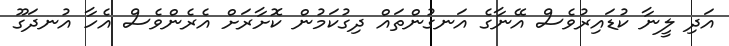
އަދި ލީނާ ކުޑައިރުވެސް އޭނާގެ އަނގުންތައް ދިގުކަމުން ކޮށާރަށް އެރެންވެސް އެހާ އުނދަގޫ